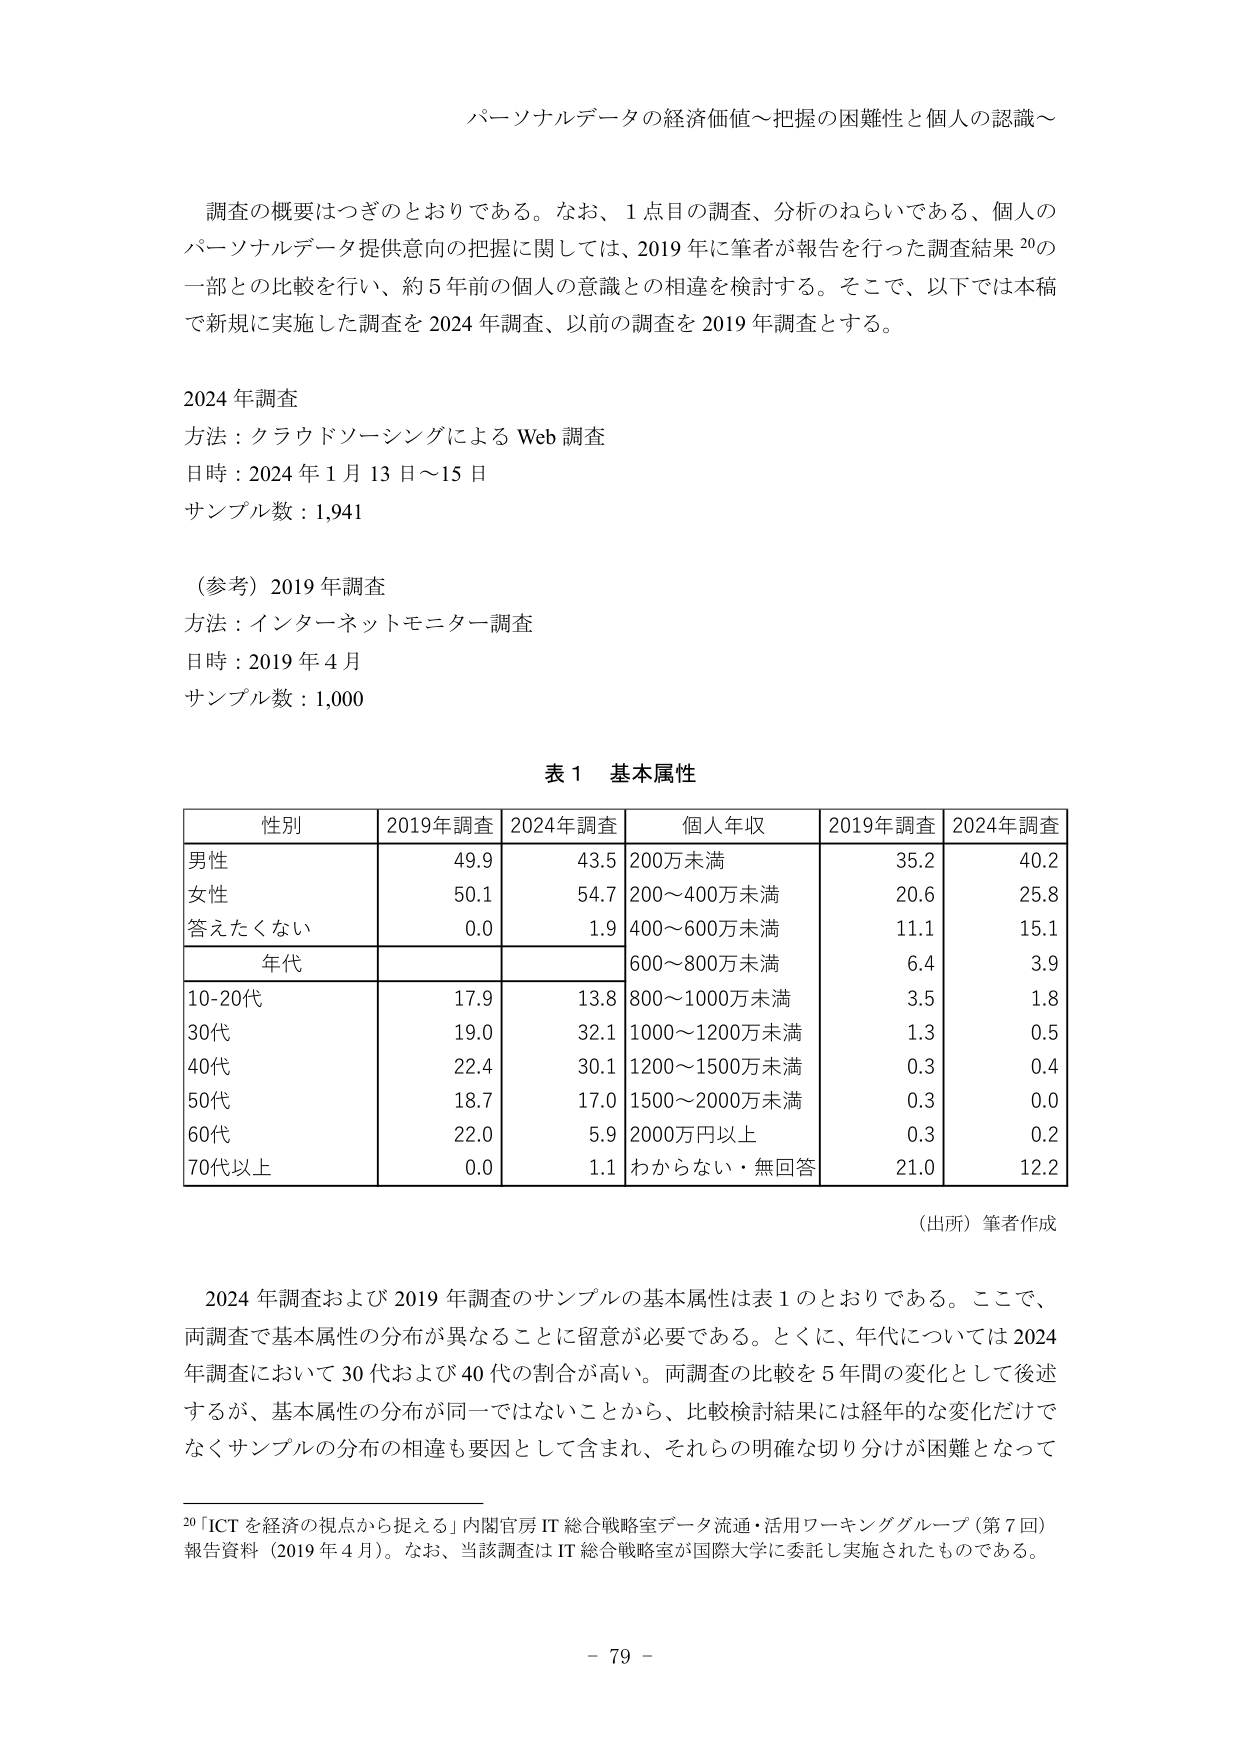
パーソナルデータの経済価値～把握の困難性と個人の認識～

調査の概要はつぎのとおりである。なお、1点目の調査、分析のねらいである、個人のパーソナルデータ提供意向の把握に関しては、2019年に筆者が報告を行った調査結果20の一部との比較を行い、約5年前の個人の意識との相違を検討する。そこで、以下では本稿で新規に実施した調査を2024年調査、以前の調査を2019年調査とする。

2024年調査
方法：クラウドソーシングによるWeb調査
日時：2024年1月13日～15日
サンプル数：1,941

（参考）2019年調査
方法：インターネットモニター調査
日時：2019年4月
サンプル数：1,000

表1 基本属性

性別 2019年調査 2024年調査 個人年収 2019年調査 2024年調査
男性 49.9 43.5 200万未満 35.2 40.2
女性 50.1 54.7 200～400万未満 20.6 25.8
答えたくない 0.0 1.9 400～600万未満 11.1 15.1
年代 600～800万未満 6.4 3.9
10-20代 17.9 13.8 800～1000万未満 3.5 1.8
30代 19.0 32.1 1000～1200万未満 1.3 0.5
40代 22.4 30.1 1200～1500万未満 0.3 0.4
50代 18.7 17.0 1500～2000万未満 0.3 0.0
60代 22.0 5.9 2000万円以上 0.3 0.2
70代以上 0.0 1.1 わからない・無回答 21.0 12.2

（出所）筆者作成

2024年調査および2019年調査のサンプルの基本属性は表1のとおりである。ここで、両調査で基本属性の分布が異なることに留意が必要である。とくに、年代については2024年調査において30代および40代の割合が高い。両調査の比較を5年間の変化として後述するが、基本属性の分布が同一ではないことから、比較検討結果には経年的な変化だけでなくサンプルの分布の相違も要因として含まれ、それらの明確な切り分けが困難となって

20「ICTを経済の視点から捉える」内閣官房IT総合戦略室データ流通・活用ワーキンググループ（第7回）報告資料（2019年4月）。なお、当該調査はIT総合戦略室が国際大学に委託し実施されたものである。

- 79 -